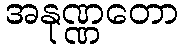
အနုဏ္ဏတော